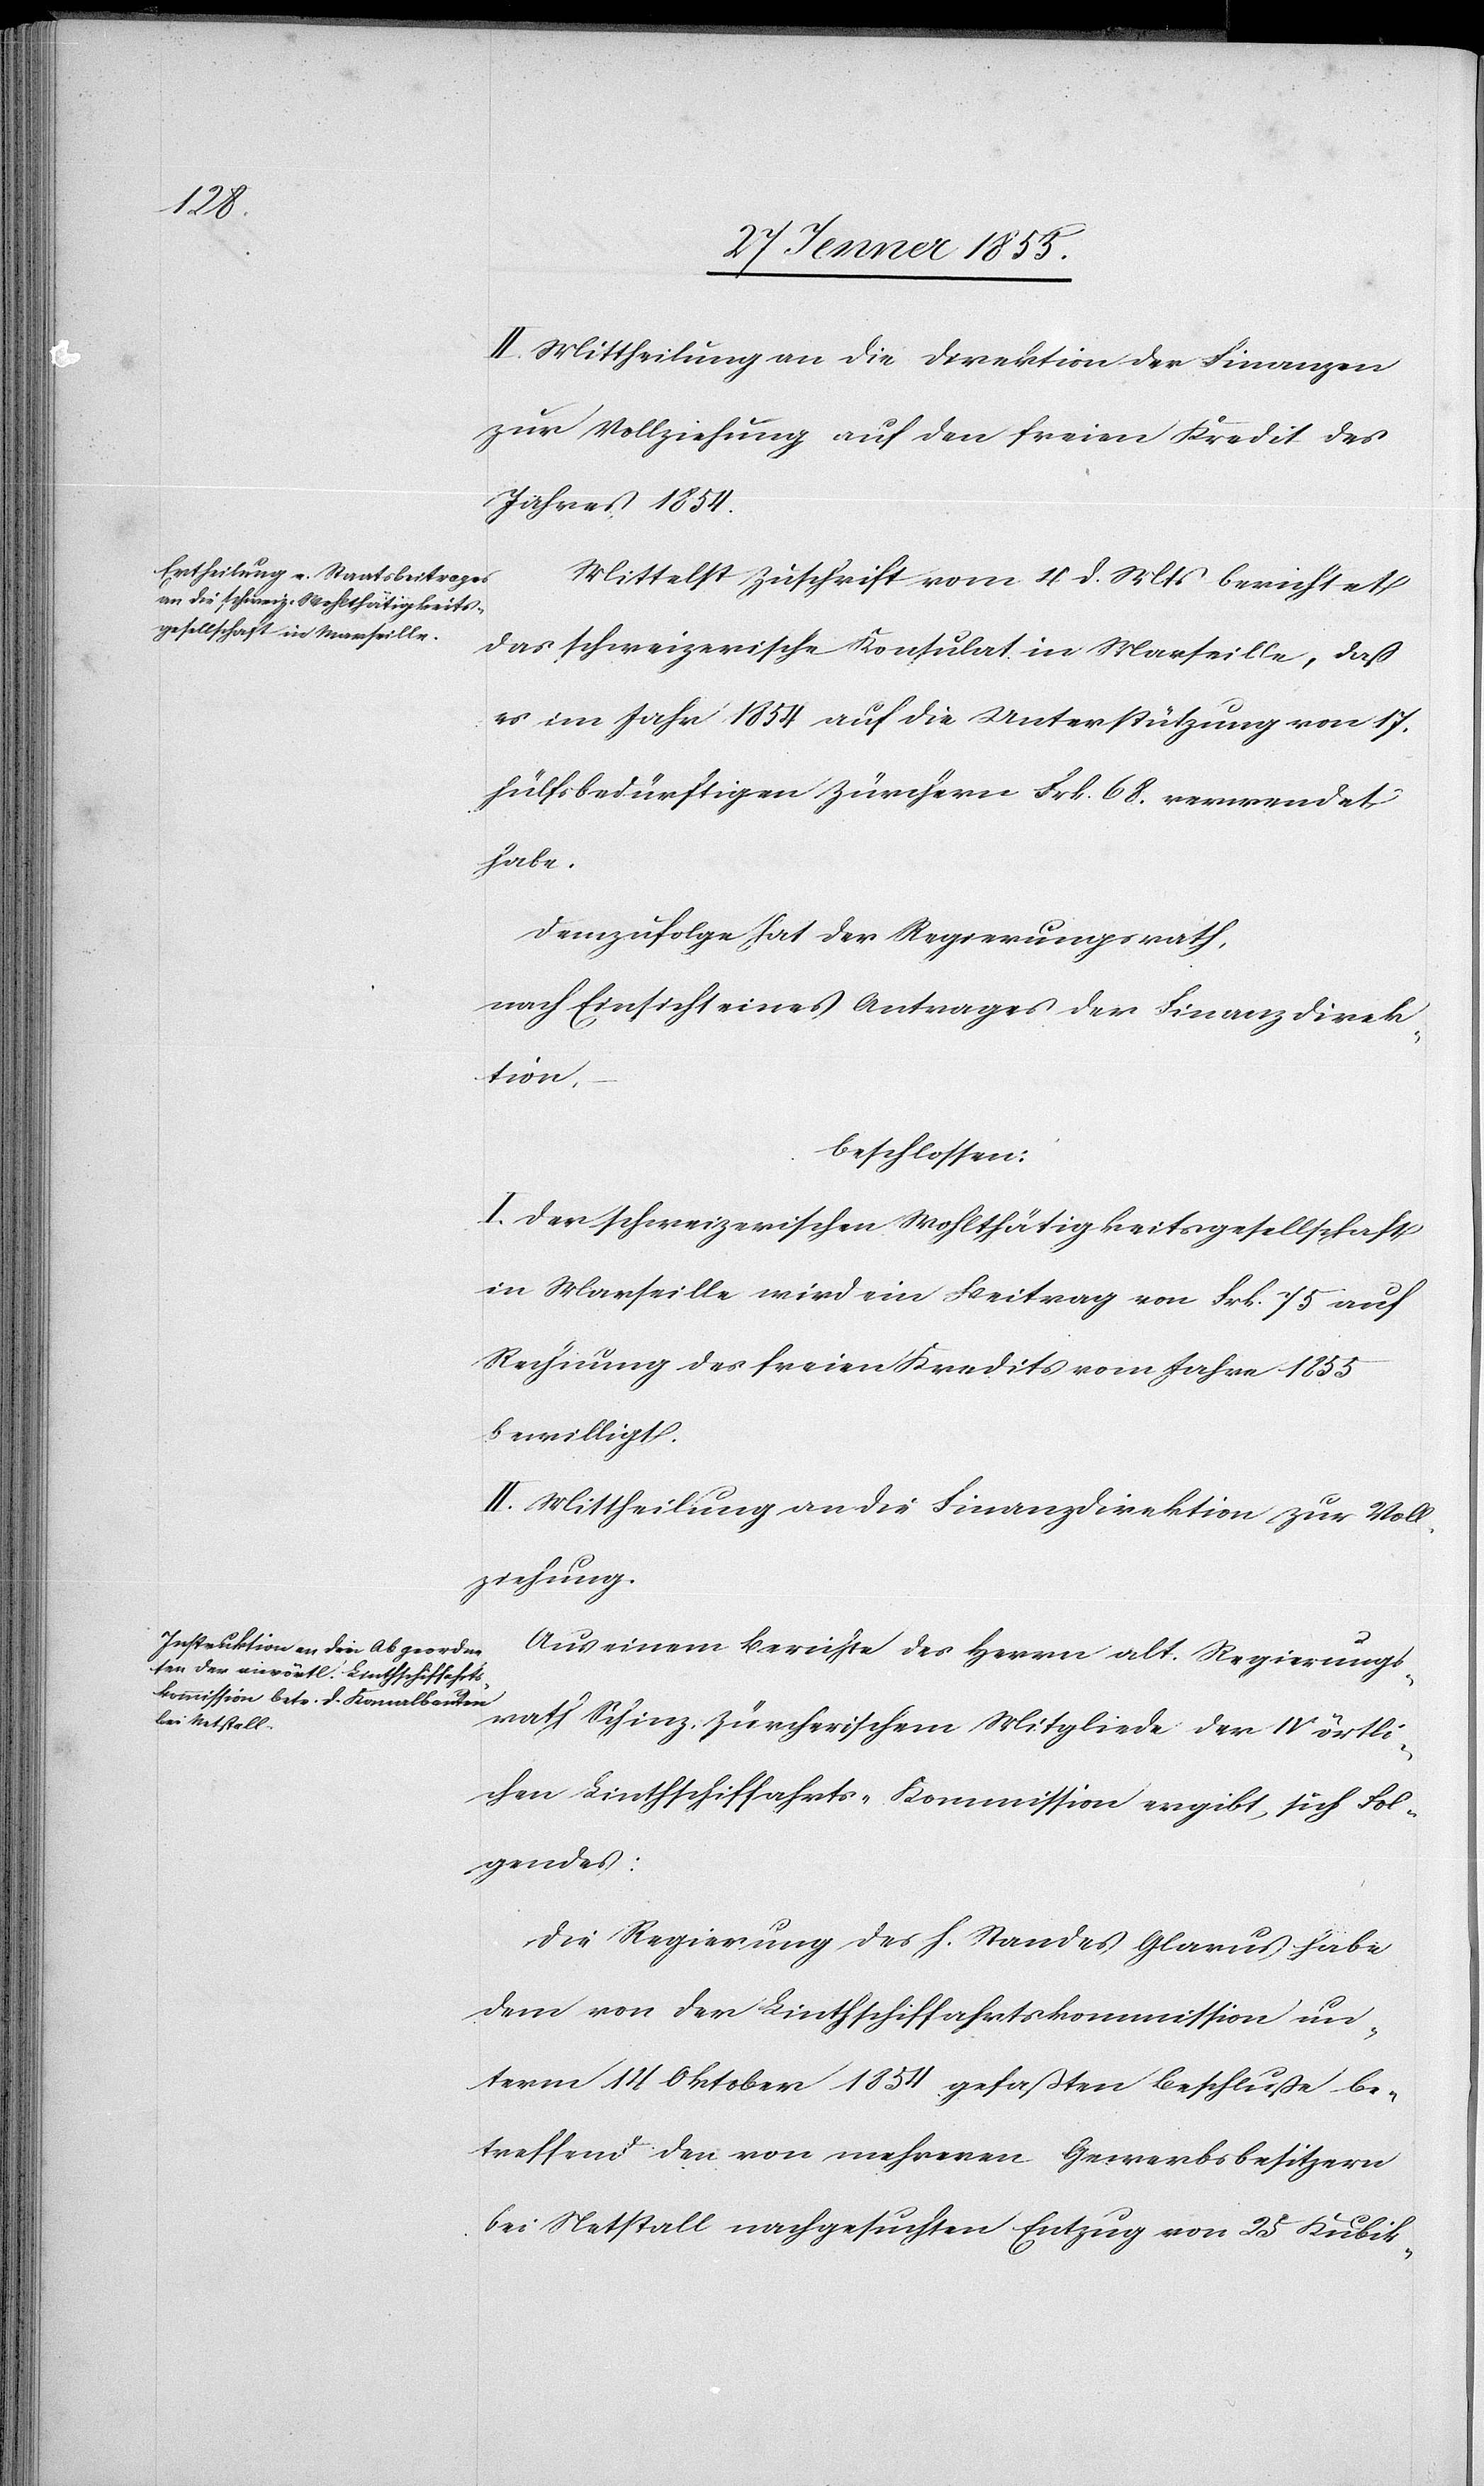
II. Mittheilung an die Direktion der Finanzen
zur Vollziehung auf den freien Kredit des
Jahres 1854.
Mittelst Zuschrift vom 4 d. Mts berichtet
das schweizerische Konsulat in Marseille, dass
es im Jahr 1854 auf die Unterstützung von 17.
hülfsbedürftigen Zürchern Frk. 68. verwendet
habe.
Demzufolge hat der Regierungsrath,
nach Einsicht eines Antrages der Finanzdirek¬
tion,
beschlossen:
I. Der schweizerischen Wohlthätigkeitsgesellschaft
in Marseille wird ein Beitrag von Frk. 75 auf
Rechnung des freien Kredits vom Jahre 1855
bewilligt.
II. Mittheilung an die Finanzdirektion zur Voll¬
ziehung.
Aus einem Berichte des Herrn alt Regierungs¬
rath Schinz, zürcherischem Mitgliede der IV örtli¬
chen Linthschiffahrts-Kommission ergibt sich Fol¬
gendes:
Die Regierung des h. Standes Glarus habe
dem von der Linthschiffahrtskommission un¬
term 14 Oktober 1854 gefaßten Beschlusse be¬
treffend den von mehreren Gewerbsbesitzern
bei Netstall nachgesuchten Entzug von 25 Kubik-